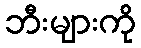
ဘီးများကို